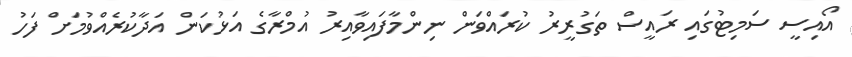
އޯއިސީ ސަމިޓުގައި ރައީސް ތަގުރީރު ކުރައްވަން ނިންމާފައިވާއިރު އުމްރާގެ އަޅުކަން އަދާކުރެއްވުމަށް ފަހު